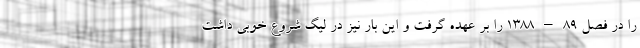
را در فصل ۸۹–۱۳۸۸ را بر عهده گرفت و این بار نیز در لیگ شروع خوبی داشت